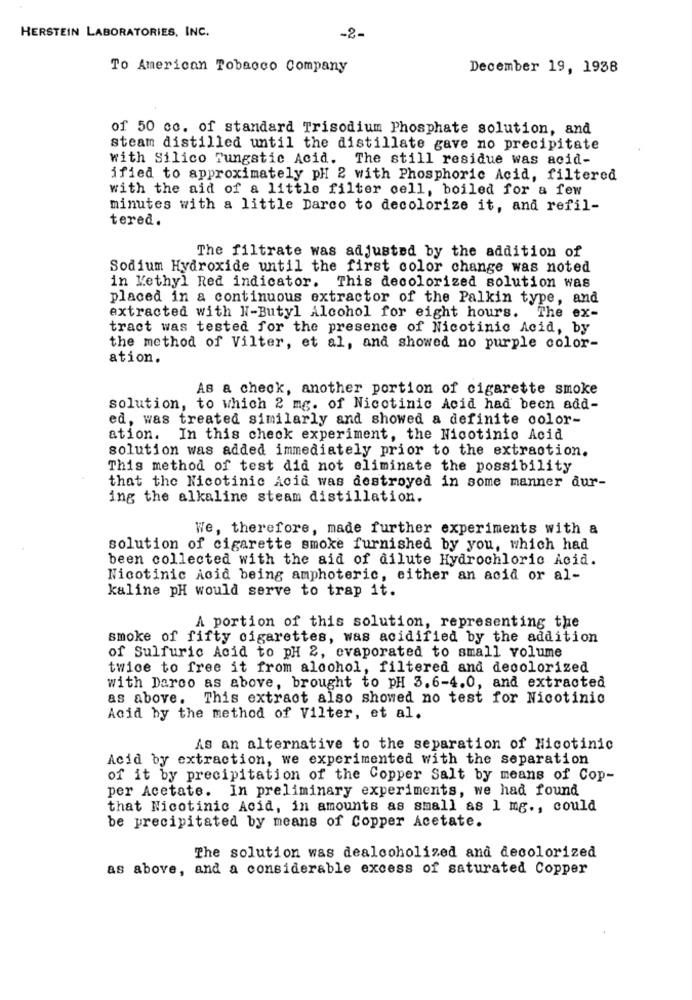
HERSTEIN LABORATORIES, INC.
-2-
To American Tobacco Company
December 19, 1938
of 50 cc. of standard Trisodium Phosphate solution, and
steam distilled until the distillate gave no precipitate
with Silico Tungstic Acid. The still residue was acid-
ified to approximately pH 2 with Phosphoric Acid, filtered
with the aid of a little filter cell, boiled for a few
minutes with a little Darco to decolorize it, and refil-
tered.
The filtrate was adjusted by the addition of
Sodium Hydroxide until the first color change was noted
in Methyl Red indicator. This decolorized solution was
placed in a continuous extractor of the Palkin type, and
extracted with N-Butyl Alcohol for eight hours. The ex-
tract was tested for the presence of Nicotinic Acid, by
the method of Vilter, et al, and showed no purple color-
ation.
As a check, another portion of cigarette smoke
solution, to which 2 mg. of Nicotinic Acid had been add-
ed, was treated similarly and showed a definite color-
ation. In this check experiment, the Nicotinic Acid
solution was added immediately prior to the extraction.
This method of test did not eliminate the possibility
that the Nicotinic Acid was destroyed in some manner dur-
ing the alkaline steam distillation.
We, therefore, made further experiments with a
solution of cigarette smoke furnished by you, which had
been collected with the aid of dilute Hydrochloric Acid.
Nicotinic Acid being amphoteric, either an acid or al-
kaline pH would serve to trap it.
A portion of this solution, representing the
smoke of fifty cigarettes, was acidified by the addition
of Sulfuric Acid to pH 2, evaporated to small volume
twice to free it from alcohol, filtered and decolorized
with Darco as above, brought to pH 3.6-4.0, and extracted
as above. This extract also showed no test for Nicotinic
Acid by the method of Vilter, et al.
As an alternative to the separation of Nicotinic
Acid by extraction, we experimented with the separation
of it by precipitation of the Copper Salt by means of Cop-
per Acetate. In preliminary experiments, we had found
that Nicotinic Acid, in amounts as small as 1 mg ., could
be precipitated by means of Copper Acetate.
The solution was dealcoholized and decolorized
as above, and a considerable excess of saturated Copper